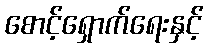
စောင့်ရှောက်ရေးနှင့်